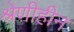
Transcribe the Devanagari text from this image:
श्रेणीहीन